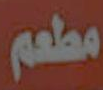
مطعم